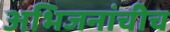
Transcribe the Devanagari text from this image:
अभिजनांचीच